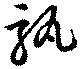
孰